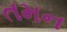
તમન